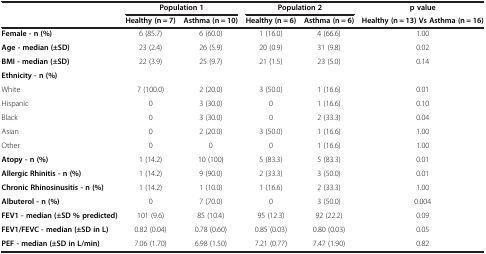
<table><thead><tr><td><b> </b></td><td colspan="2"><b>Population 1</b></td><td colspan="2"><b>Population 2</b></td><td><b>p value</b></td></tr><tr><td><b> </b></td><td><b>Healthy (n = 7)</b></td><td><b>Asthma (n = 10)</b></td><td><b>Healthy (n = 6)</b></td><td><b>Asthma (n = 6)</b></td><td><b>Healthy (n = 13) Vs Asthma (n = 16)</b></td></tr></thead><tbody><tr><td><b>Female - n (%)</b></td><td>6 (85.7)</td><td>6 (60.0)</td><td>1 (16.0)</td><td>4 (66.6)</td><td>1.00</td></tr><tr><td><b>Age - median (±SD)</b></td><td>23 (2.4)</td><td>26 (5.9)</td><td>20 (0.9)</td><td>31 (9.8)</td><td>0.02</td></tr><tr><td><b>BMI - median (±SD)</b></td><td>22 (3.9)</td><td>25 (9.7)</td><td>21 (1.5)</td><td>23 (5.0)</td><td>0.14</td></tr><tr><td><b>Ethnicity - n (%)</b></td><td> </td><td> </td><td> </td><td> </td><td> </td></tr><tr><td>White</td><td>7 (100.0)</td><td>2 (20.0)</td><td>3 (50.0)</td><td>1 (16.6)</td><td>0.01</td></tr><tr><td>Hispanic</td><td>0</td><td>3 (30.0)</td><td>0</td><td>1 (16.6)</td><td>0.10</td></tr><tr><td>Black</td><td>0</td><td>3 (30.0)</td><td>0</td><td>2 (33.3)</td><td>0.04</td></tr><tr><td>Asian</td><td>0</td><td>2 (20.0)</td><td>3 (50.0)</td><td>1 (16.6)</td><td>1.00</td></tr><tr><td>Other</td><td>0</td><td>0</td><td>0</td><td>1 (16.6)</td><td>1.00</td></tr><tr><td><b>Atopy - n (%)</b></td><td>1 (14.2)</td><td>10 (100)</td><td>5 (83.3)</td><td>5 (83.3)</td><td>0.01</td></tr><tr><td><b>Allergic Rhinitis - n (%)</b></td><td>1 (14.2)</td><td>9 (90.0)</td><td>2 (33.3)</td><td>3 (50.0)</td><td>0.01</td></tr><tr><td><b>Chronic Rhinosinusitis - n (%)</b></td><td>1 (14.2)</td><td>1 (10.0)</td><td>1 (16.6)</td><td>2 (33.3)</td><td>1.00</td></tr><tr><td><b>Albuterol - n (%)</b></td><td>0</td><td>7 (70.0)</td><td>0</td><td>3 (50.0)</td><td>0.004</td></tr><tr><td><b>FEV1 - median (±SD % predicted)</b></td><td>101 (9.6)</td><td>85 (10.4)</td><td>95 (12.3)</td><td>92 (22.2)</td><td>0.09</td></tr><tr><td><b>FEV1/FEVC - median (±SD in L)</b></td><td>0.82 (0.04)</td><td>0.78 (0.60)</td><td>0.85 (0.03)</td><td>0.80 (0.03)</td><td>0.05</td></tr><tr><td><b>PEF - median (±SD in L/min)</b></td><td>7.06 (1.70)</td><td>6.98 (1.50)</td><td>7.21 (0.77)</td><td>7.47 (1.90)</td><td>0.82</td></tr></tbody></table>